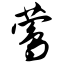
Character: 莺